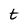
Character: t